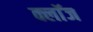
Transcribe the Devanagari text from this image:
क्लाॅज